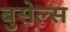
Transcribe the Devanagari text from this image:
बुसेल्स